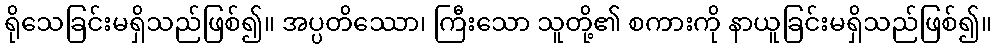
ရိုသေခြင်းမရှိသည်ဖြစ်၍။ အပ္ပတိဿော၊ ကြီးသော သူတို့၏ စကားကို နာယူခြင်းမရှိသည်ဖြစ်၍။